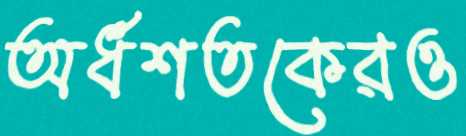
অর্ধশতকেরও